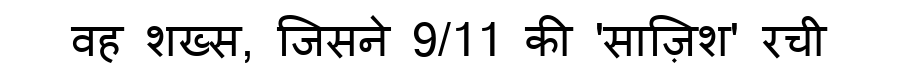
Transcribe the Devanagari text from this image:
वह शख्स, जिसने 9/11 की 'साज़िश' रची